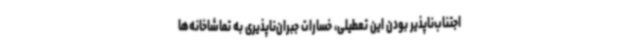
اجتناب‌ناپذیر بودن این تعطیلی، خسارات جبران‌ناپذیری به تماشاخانه‌ها